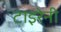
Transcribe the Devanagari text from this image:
टाइरेनी